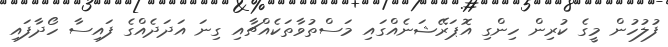
ފުލުހުން މީގެ ކުރިން ހިންގި އޮޕަރޭޝަނެއްގައި މަސްތުވާތަކެއްޗާއި ގިނަ އަދަދެއްގެ ފައިސާ ހޯދާފައި